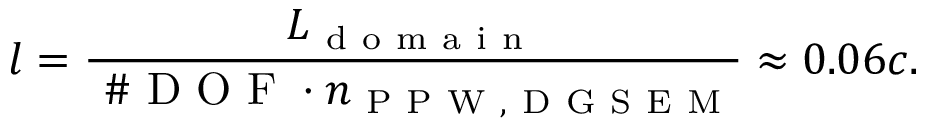
l = \frac { L _ { \mathrm { ~ d ~ o ~ m ~ a ~ i ~ n ~ } } } { \mathrm { ~ \# ~ D ~ O ~ F ~ } \cdot n _ { \mathrm { ~ P ~ P ~ W ~ , ~ D ~ G ~ S ~ E ~ M ~ } } } \approx 0 . 0 6 c .